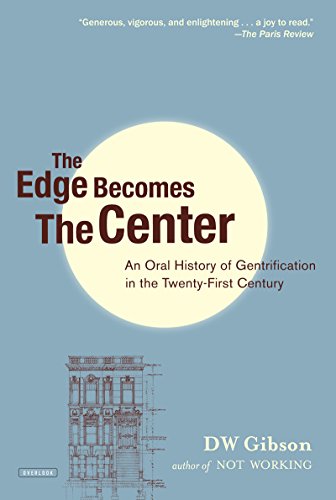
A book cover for The Edge Becomes the Center: An Oral History of Gentrification in the 21st Century; DW Gibson; Politics & Social Sciences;